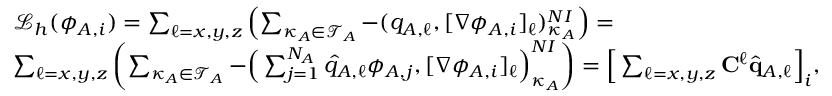
\begin{array} { r l } & { \mathcal { L } _ { h } ( \phi _ { A , i } ) = \sum _ { \ell = x , y , z } \left( \sum _ { \kappa _ { A } \in \mathcal { T } _ { A } } - ( q _ { A , \ell } , [ \nabla \phi _ { A , i } ] _ { \ell } ) _ { \kappa _ { A } } ^ { N I } \right) = } \\ & { \sum _ { \ell = x , y , z } \left( \sum _ { \kappa _ { A } \in \mathcal { T } _ { A } } - \Big ( \sum _ { j = 1 } ^ { N _ { A } } \widehat { q } _ { A , \ell } \phi _ { A , j } , [ \nabla \phi _ { A , i } ] _ { \ell } \Big ) _ { \kappa _ { A } } ^ { N I } \right) = \Big [ \sum _ { \ell = x , y , z } \mathbf { C } ^ { \ell } \widehat { \mathbf { q } } _ { A , \ell } \Big ] _ { i } , } \end{array}